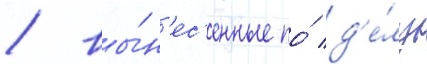
/ вы́н'ес'енные по́ д'е́лу